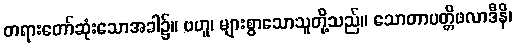
တရားတော်ဆုံးသောအခါ၌။ ဗဟူ၊ များစွာသောသူတို့သည်။ သောတာပတ္တိဖလာဒီနိ၊